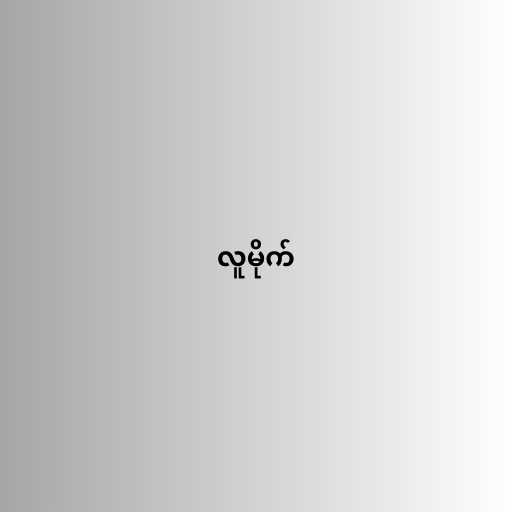
လူမိုက်